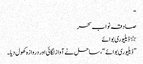
“
صادقہ نواب سحر
٭ ڈیلیوری بوائے
” ڈیلیوری بوائے “، ساحل نے آواز لگائی اور دروازہ کھول دیا۔